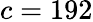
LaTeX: c=192